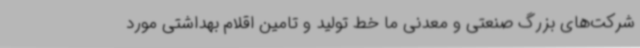
شرکت‌های بزرگ صنعتی و معدنی ما خط تولید و تامین اقلام بهداشتی مورد